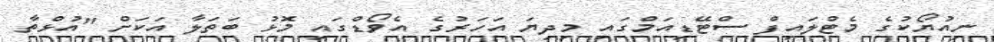
ނިއުޔޯކުގެ މެޓްލައިފް ސްޓޭޑިއަމްގައި މިދިޔަ އަހަރުގެ އެވޯޑްގައި މޮޅު ބަތަލާ އަކަށް "އުޅްތާ